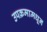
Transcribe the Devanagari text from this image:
उपक्रमामधून